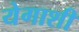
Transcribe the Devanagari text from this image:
येगाशी